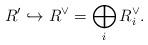
LaTeX: \begin{align*}R' \hookrightarrow R^\vee = \bigoplus_i R_i^\vee.\end{align*}